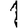
Digit: 1